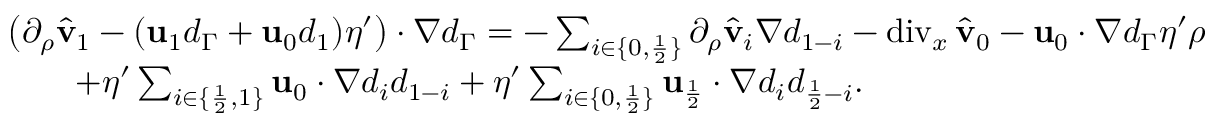
\begin{array} { r l } & { \big ( \partial _ { \rho } \hat { \mathbf { v } } _ { 1 } - ( \mathbf { u } _ { 1 } d _ { \Gamma } + \mathbf { u } _ { 0 } d _ { 1 } ) \eta ^ { \prime } \big ) \cdot \nabla d _ { \Gamma } = - \sum _ { i \in \{ 0 , \frac { 1 } { 2 } \} } \partial _ { \rho } \hat { \mathbf { v } } _ { i } \nabla d _ { 1 - i } - \operatorname { d i v } _ { x } \hat { \mathbf { v } } _ { 0 } - \mathbf { u } _ { 0 } \cdot \nabla d _ { \Gamma } \eta ^ { \prime } \rho } \\ & { \qquad + \eta ^ { \prime } \sum _ { i \in \{ \frac { 1 } { 2 } , 1 \} } \mathbf { u } _ { 0 } \cdot \nabla d _ { i } d _ { 1 - i } + \eta ^ { \prime } \sum _ { i \in \{ 0 , \frac { 1 } { 2 } \} } \mathbf { u } _ { \frac { 1 } { 2 } } \cdot \nabla d _ { i } d _ { \frac { 1 } { 2 } - i } . } \end{array}